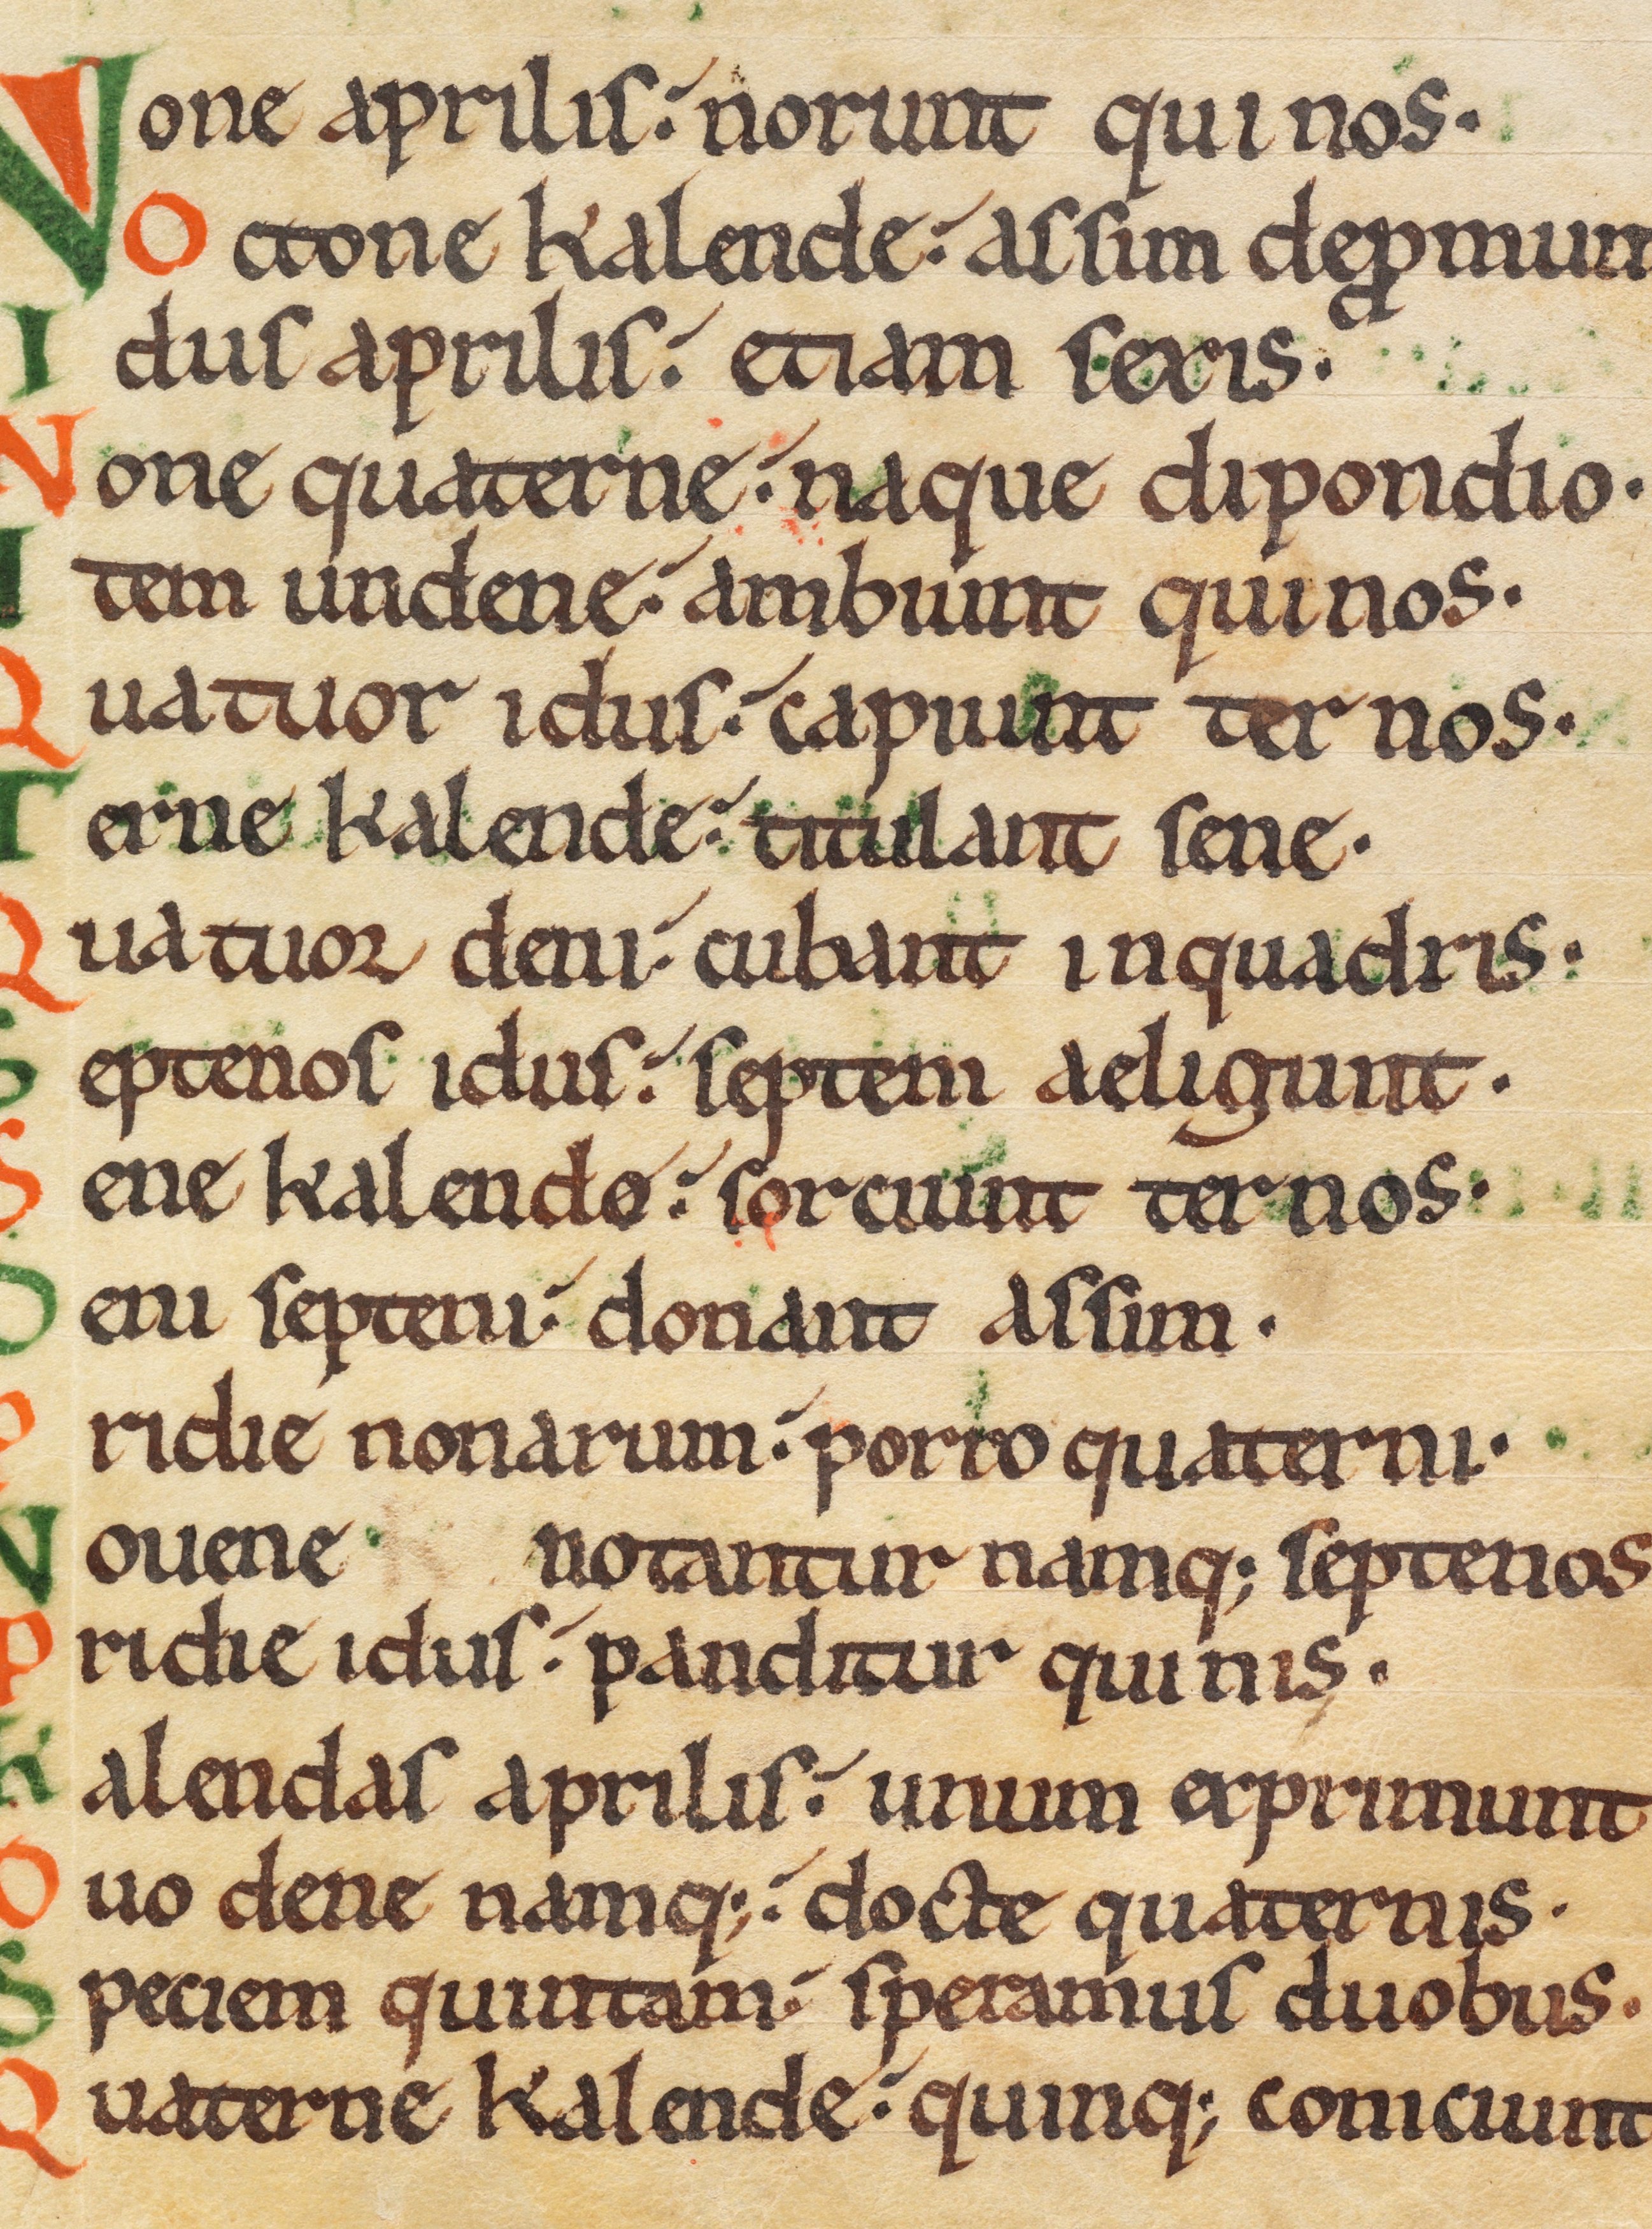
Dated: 1075–1115